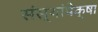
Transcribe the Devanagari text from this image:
संस्थांपेक्षा